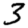
Digit: 3